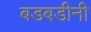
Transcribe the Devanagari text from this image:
बडबडीनी